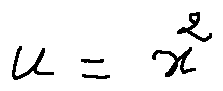
u = x ^ { 2 }